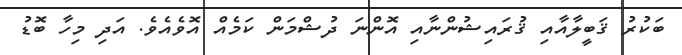
ބަކުރު ޤަބީލާއާއި ޤުރައިޝުންނާއި އޮންނަ ދުޝްމަން ކަމެއް އޮވެއެވެ. އަދި މިހާ ބޮޑު